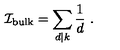
{ \cal I } _ { \mathrm { b u l k } } = \sum _ { d | k } \frac { 1 } { d } \ .